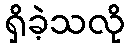
ရှိခဲ့သလို